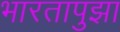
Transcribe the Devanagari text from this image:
भारतापुझा